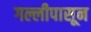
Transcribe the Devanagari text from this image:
गल्लीपासून